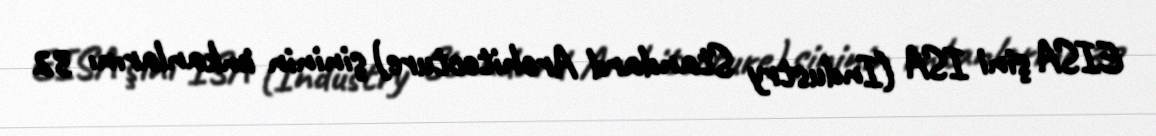
EISA şini ISA (Industry Standard Architecture) şininin imkanlarını 32